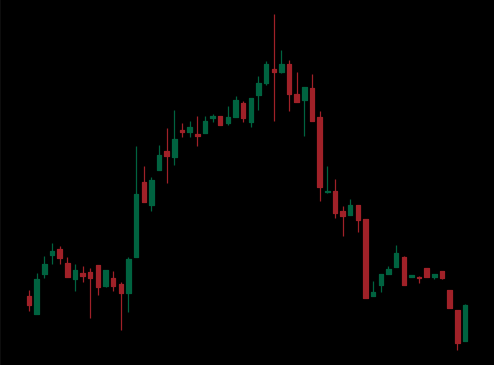
Pattern: head_shoulders